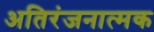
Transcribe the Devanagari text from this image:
अतिरंजनात्मक